Leaving Certificate Examination (including Day School Certificate (Higher) General paper), 1933
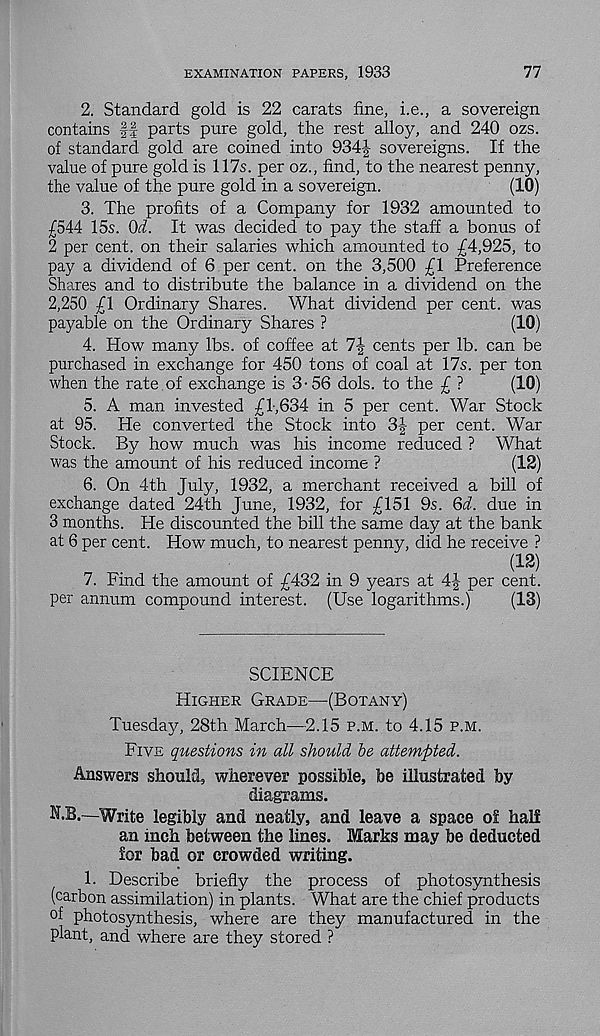
EXAMINATION PAPERS, 1933
77
2. Standard gold is 22 carats fine, i.e., a sovereign
contains ff parts pure gold, the rest alloy, and 240 ozs.
of standard gold are coined into 934?,- sovereigns. If the
value of pure gold is 117s. per oz., find, to the nearest penny,
the value of the pure gold in a sovereign.
(10)
3. The profits of a Company for 1932 amounted to
£544 15s. Od. It was decided to pay the staff a bonus of
2 per cent, on their salaries which amounted to £4,925, to
pay a dividend of 6 per cent, on the 3,500 £1 Preference
Shares and to distribute the balance in a dividend on the
2,250 £1 Ordinary Shares. What dividend per cent, was
payable on the Ordinary Shares ?
(10)
4. How many lbs. of coffee at 7J cents per lb. can be
purchased in exchange for 450 tons of coal at 17s. per ton
when the rate , of exchange is 3-56 dols. to the £ ?
(10)
5. A man invested £l-,634 in 5 per cent. War Stock
at 95. He converted the Stock into 3| per cent. War
Stock. By how much was his income reduced ? What
was the amount of his reduced income ?
(12)
6. On 4th July, 1932, a merchant received a bill of
exchange dated 24th June, 1932, for £151 9s. Qd. due in
3 months. He discounted the bill the same day at the bank
at 6 per cent. How much, to nearest penny, did he receive ?
(12)
7. Find the amount of £432 in 9 years at 4-| per cent,
per annum compound interest. (Use logarithms.)
(13)
SCIENCE
Higher Grade—(Botany)
Tuesday, 28th March—2.15 p.m. to 4.15 p.m.
Five questions in all should be attempted.
Answers should, wherever possible, be illustrated by
diagrams.
N.B.—Write legibly and neatly, and leave a space ol half
an inch between the lines. Marks may be deducted
for bad or crowded writing.
1. Describe briefly the process of photosynthesis
(carbon assimilation) in plants. What are the chief products
of photosynthesis, where are they manufactured in the
plant, and where are they stored ?